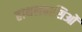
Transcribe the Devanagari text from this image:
हाथलवासिओं